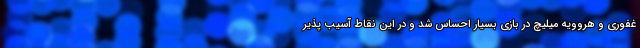
غفوری و هروویه میلیچ در بازی بسیار احساس شد و در این نقاط آسیب پذیر